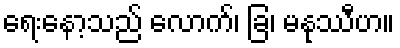
ရေးနော့သည် လောက်၊ ခြ၊ မနုဿီဟ။